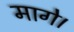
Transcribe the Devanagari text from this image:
मागे।